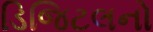
ડિજિટલનો